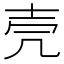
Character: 壳